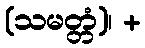
(သမတ္တံ)၊ +